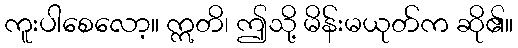
ကူးပါစေလော့။ ဣတိ၊ ဤသို့ မိန်းမယုတ်က ဆို၏။